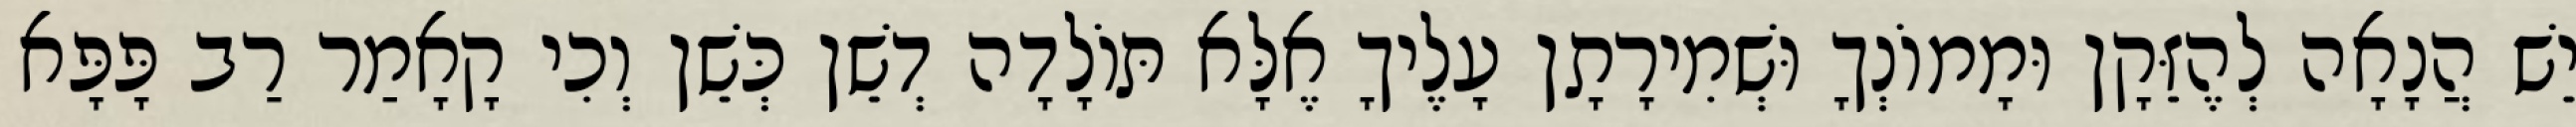
יֵשׁ הֲנָאָה לְהֶזֵּקָן וּמָמוֹנְךָ וּשְׁמִירָתָן עָלֶיךָ אֶלָּא תּוֹלָדָה דְשֵׁן כְּשֵׁן וְכִי קָאָמַר רַב פָּפָּא